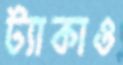
ট্যাকাও